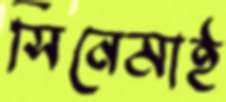
সিনেমাই